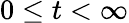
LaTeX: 0\le t<\infty